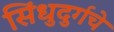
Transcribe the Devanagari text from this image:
सिंधुदुर्गचे